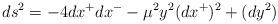
LaTeX: \begin{align*}ds^2= -4dx^+ dx^{-} - \mu^2 y^2(dx^+)^2 + (dy^2) \end{align*}